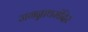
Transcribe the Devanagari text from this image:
जगन्नाथमंदिर